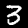
Digit: 3